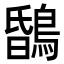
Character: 𪂆